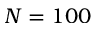
N = 1 0 0